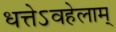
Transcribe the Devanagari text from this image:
धत्तेऽवहेलाम्